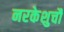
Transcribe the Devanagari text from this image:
नरकेशुचौ